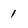
Character: 1